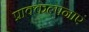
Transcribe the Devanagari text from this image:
प्राक्कल्पनाएं